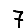
Digit: 7